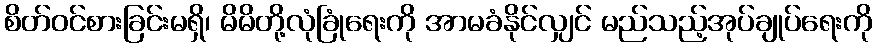
စိတ်ဝင်စားခြင်းမရှိ၊ မိမိတို့လုံခြုံရေးကို အာမခံနိုင်လျှင် မည်သည့်အုပ်ချုပ်ရေးကို